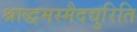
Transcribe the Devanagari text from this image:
श्राद्धमस्मैदद्युरिति